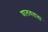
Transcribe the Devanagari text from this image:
घालवताता